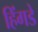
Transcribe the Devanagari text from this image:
हिंगडे